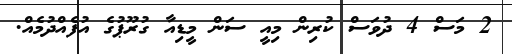
2 މަސް 4 ދުވަސް ކުރިން މިއީ ސަން މީޑިއާ ގުރޫޕުގެ އުފެއްދުމެއް.